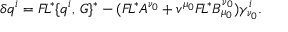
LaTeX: \delta q ^ { i } = { \cal F } \! L ^ { * } \{ q ^ { i } , \, G \} ^ { * } - ( { \cal F } \! L ^ { * } A ^ { \nu _ { 0 } } + v ^ { \mu _ { 0 } } { \cal F } \! L ^ { * } B _ { \mu _ { 0 } } ^ { \nu _ { 0 } } ) \gamma _ { \nu _ { 0 } } ^ { i } .